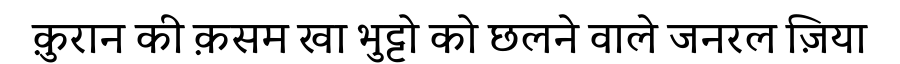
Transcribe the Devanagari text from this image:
क़ुरान की क़सम खा भुट्टो को छलने वाले जनरल ज़िया